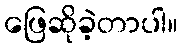
ဖြေဆိုခဲ့တာပါ။